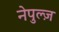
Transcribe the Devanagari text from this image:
नेपुल्ज़